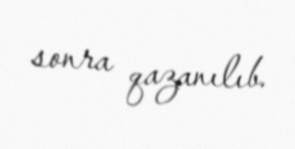
sonra qazanılıb.